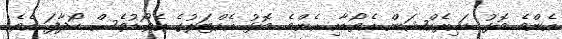
އެންމެ މޮޅު ޑައިރެކްޝަން އެވޯޑާއި އެންމެ މޮޅު އެކްޓަރުގެ އެވޯޑުވެސް ހޯދާފަ އެވެ.